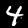
Label: 4